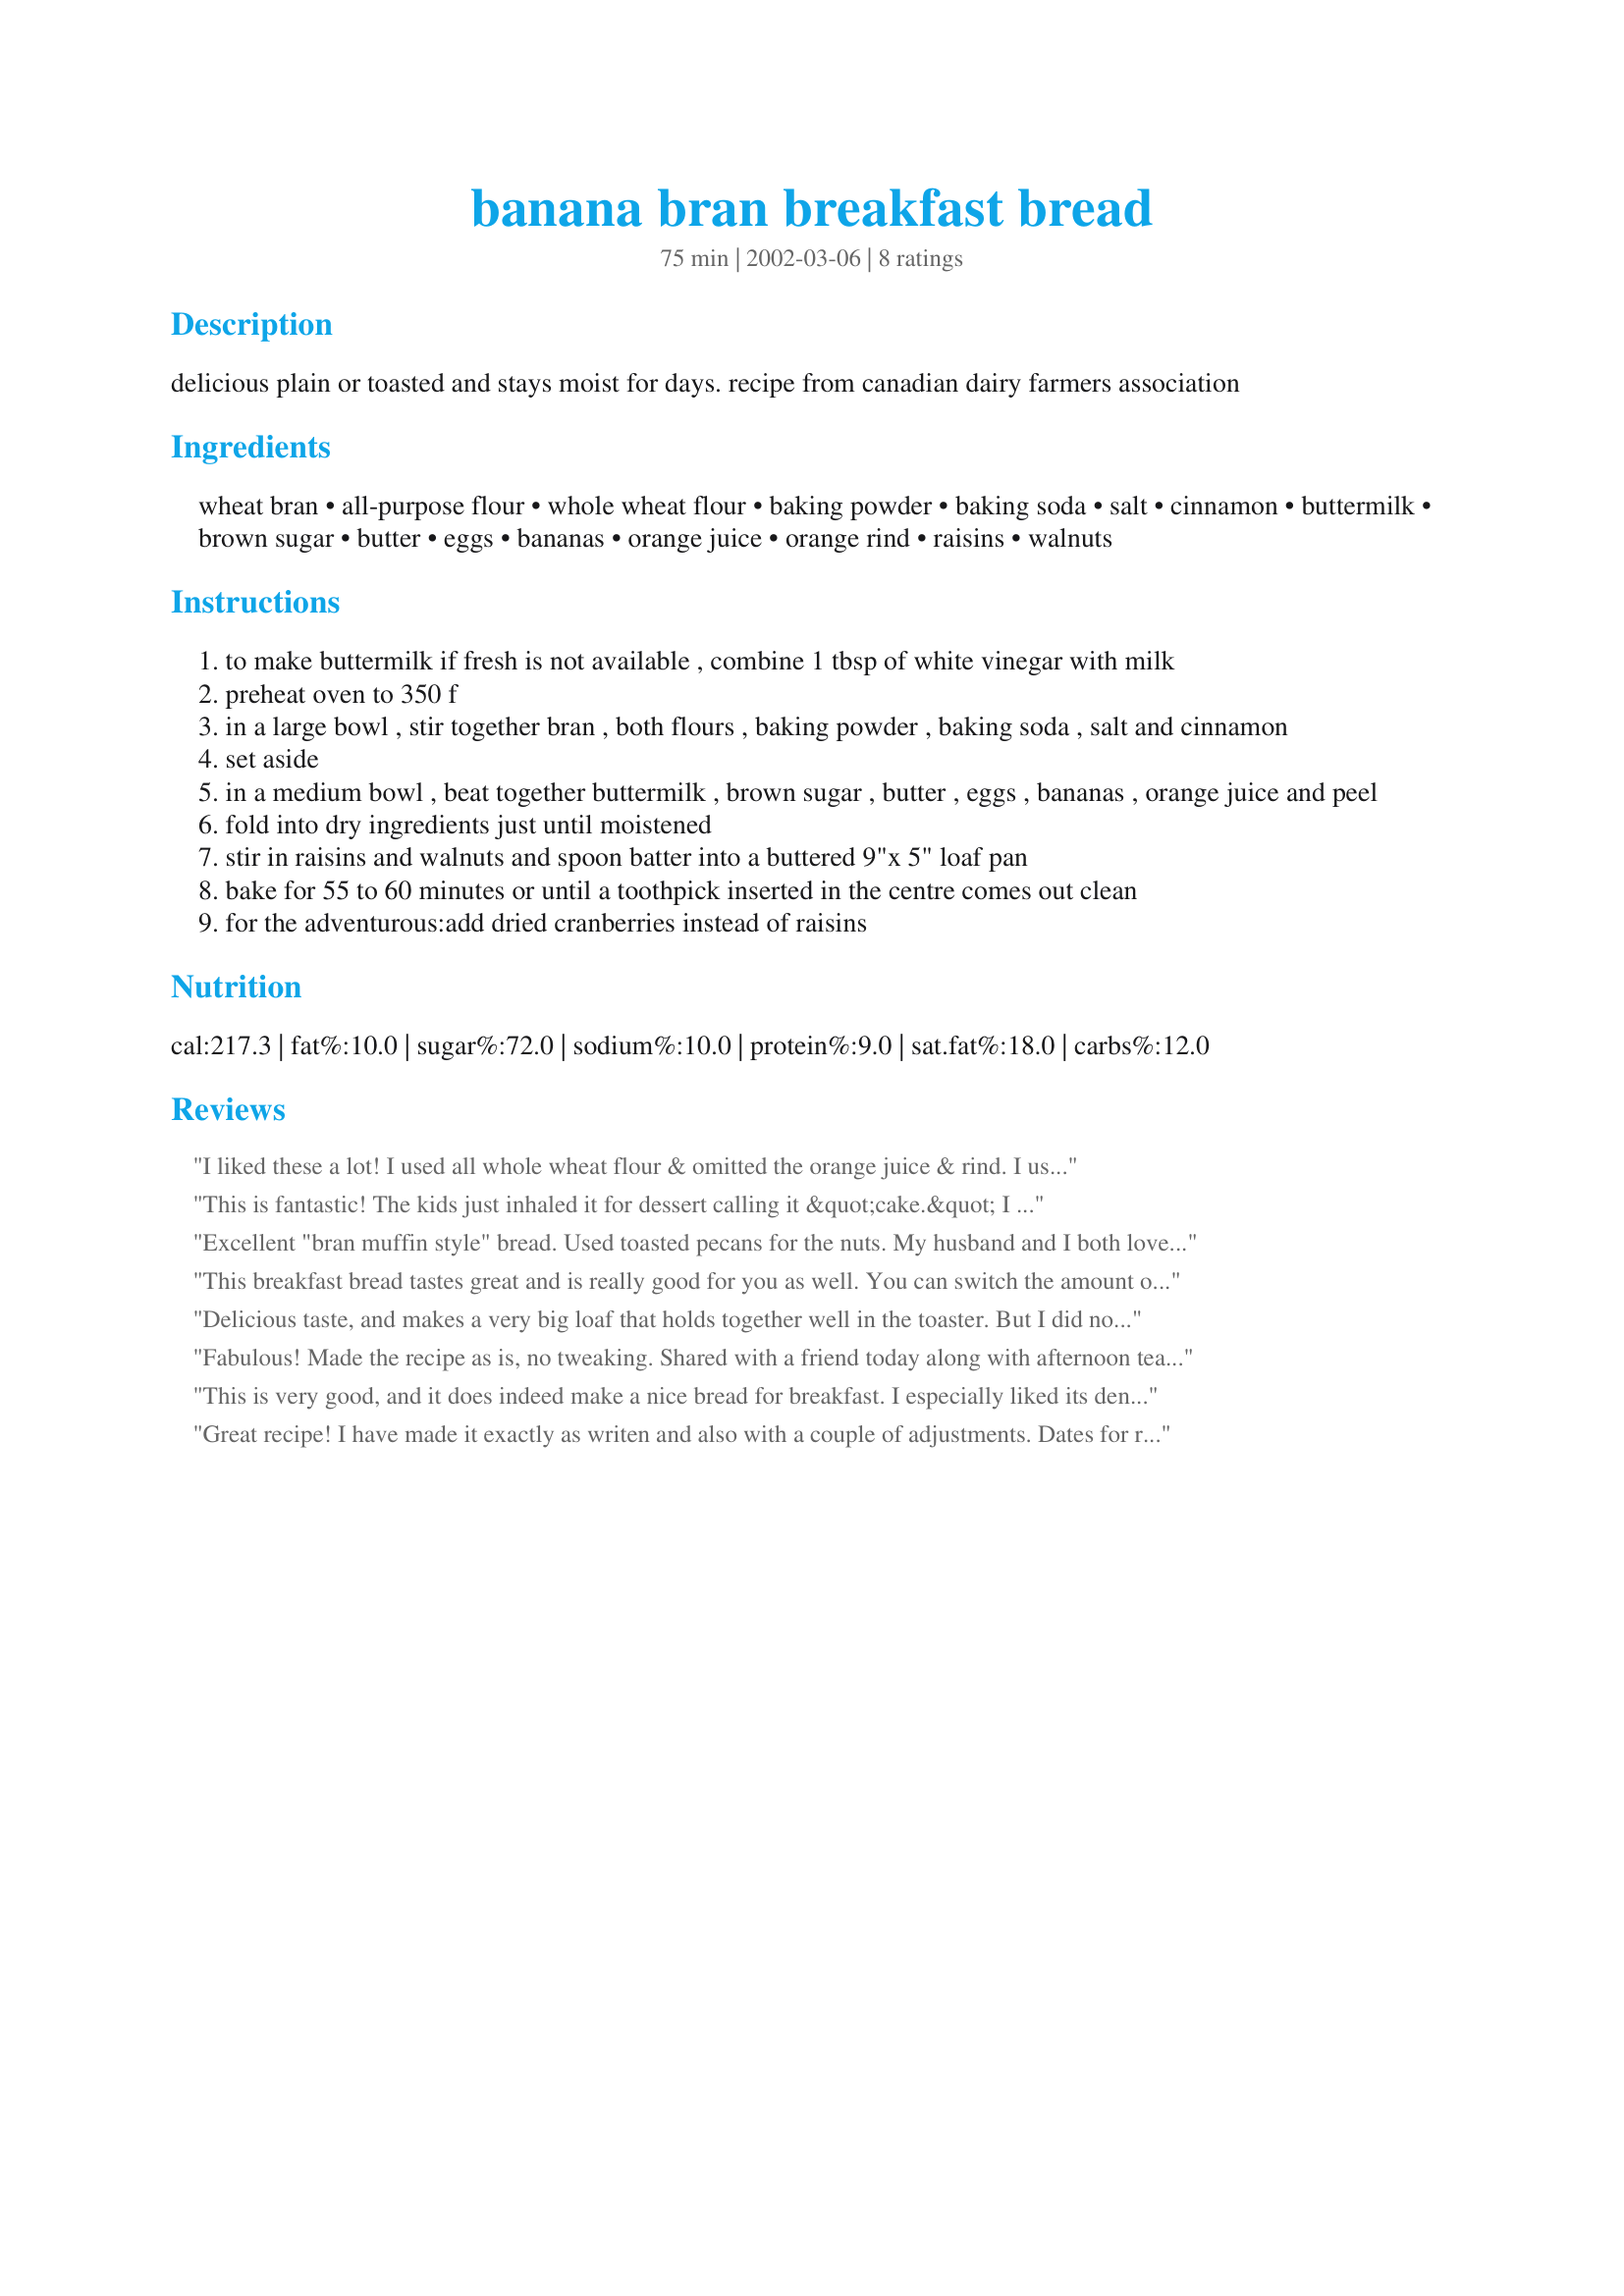
banana bran breakfast bread
Preparation time: 75 minutes

delicious plain or toasted and stays moist for days. recipe from canadian dairy farmers association

Ingredients:
wheat bran, all-purpose flour, whole wheat flour, baking powder, baking soda, salt, cinnamon, buttermilk, brown sugar, butter, eggs, bananas, orange juice, orange rind, raisins, walnuts

Steps:
to make buttermilk if fresh is not available , combine 1 tbsp of white vinegar with milk
preheat oven to 350 f
in a large bowl , stir together bran , both flours , baking powder , baking soda , salt and cinnamon
set aside
in a medium bowl , beat together buttermilk , brown sugar , butter , eggs , bananas , orange juice and peel
fold into dry ingredients just until moistened
stir in raisins and walnuts and spoon batter into a buttered 9"x 5" loaf pan
bake for 55 to 60 minutes or until a toothpick inserted in the centre comes out clean
for the adventurous:add dried cranberries instead of raisins

Reviews:
I liked these a lot! I used all whole wheat flour & omitted the orange juice & rind. I used 1/2 cup brown sugar & 1/2 cup Splenda & used applesauce for the oil. I tried these as muffins & they worked nicely; baked at 350 for 18 min. Loved the healthy ingredients; thanks so much!
This is fantastic! The kids just inhaled it for dessert calling it &quot;cake.&quot; I made just as written but replaced butter with coconut oil, left out the raisins and added a few chocolate chips instead. Very easy, healthy, and yummy. That&#039;s 5 stars from us. Thanks 1Steve....
Excellent "bran muffin style" bread. Used toasted pecans for the nuts. My husband and I both loved this bread! Thanks Steve.

Roxygirl
This breakfast bread tastes great and is really good for you as well. You can switch the amount of whole wheat flour to 1 cup and regular all-purpose flour to 2/4 cup without any trouble if you are trying to limit the white flour. I can't wait to try this again with cranberries. Thanks.
Delicious taste, and makes a very big loaf that holds together well in the toaster. But I did not rate it a 5 because I think the cooking directions are off. After 60 minutes it was still a little underdone in the center. But because it is so dense, a toothpick tester is not a clear indicator. So I had to put it back in the oven and bake this bread for 1 hr 15 minutes.
Fabulous! Made the recipe as is, no tweaking. Shared with a friend today along with afternoon tea (one of our English traditions here in South Africa). We LOVED this bread and besides tasting great, we like the fairly healthy ingredients--not too much sugar, wholewheat flour and bran and other great ingredients. This is a delicious bread I think the whole family will love--and your health conscious, weight conscious friends too. I have a fan oven so bake at a temperature 20 degrees below the advised temp--so 160C. Comes out beautifully at the advised 1 hour baking time. Thank you food.com for great recipes. I often refer to your website for 5 star recipes.
This is very good, and it does indeed make a nice bread for breakfast. I especially liked its density and how well the orange flavor came through. I skipped the optional raisins (for me) and walnuts (for my son), but I would love to have it with the walnuts and dried cranberries. It was very good without them, though, and especially nice spread with orange spice butter. Thanks for posting the recipe!
Great recipe! I have made it exactly as writen and also with a couple of adjustments. Dates for raisins, a whole madarin orange (which I pureed in a blender) in place of the juice and rind of an orange. It tasted even more fabulous than the original.
